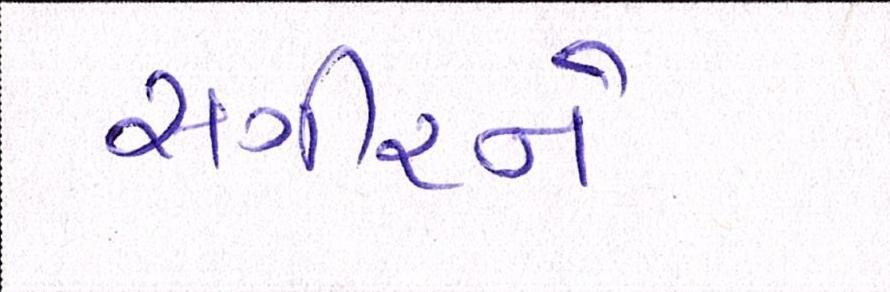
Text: સગીરને